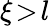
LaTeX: \xi\! >\! l